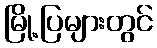
မြို့ပြများတွင်